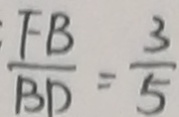
\frac { F B } { B D } = \frac { 3 } { 5 }